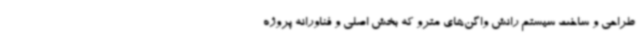
طراحی و ساخت سیستم رانش واگن‌های مترو که بخش اصلی و فناورانه پروژه